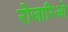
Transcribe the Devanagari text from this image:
रोजारिओ